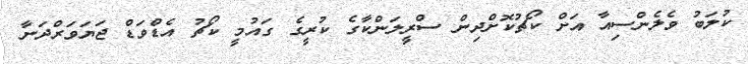
ކުލަބު ވެލެންސިއާ އަށް ކޯޗުކޮށްދިން ސްރީލަންކާގެ ކުރީގެ ގައުމީ ކޯޗު އެޑްވަޑް ޖަޔަވަރްދަނާ